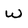
Character: W